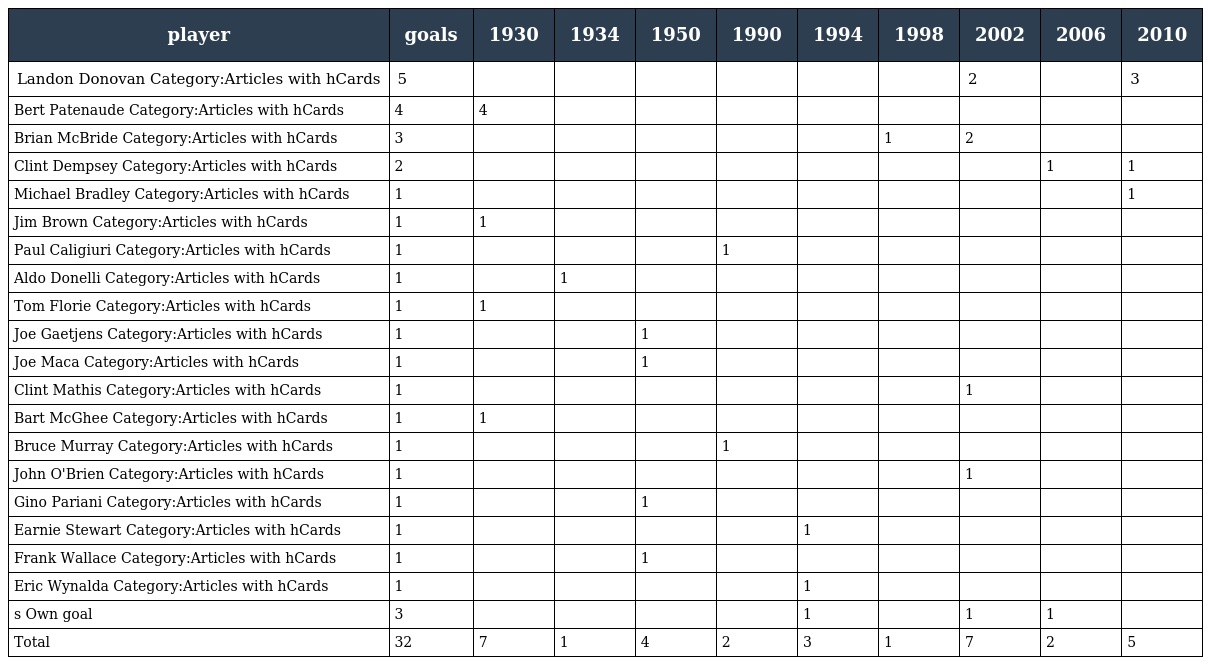
| player | goals | 1930 | 1934 | 1950 | 1990 | 1994 | 1998 | 2002 | 2006 | 2010 |
 | --- | --- | --- | --- | --- | --- | --- | --- | --- | --- | --- |
 | Landon Donovan Category:Articles with hCards | 5 |  |  |  |  |  |  | 2 |  | 3 |
 | Bert Patenaude Category:Articles with hCards | 4 | 4 |  |  |  |  |  |  |  |  |
 | Brian McBride Category:Articles with hCards | 3 |  |  |  |  |  | 1 | 2 |  |  |
 | Clint Dempsey Category:Articles with hCards | 2 |  |  |  |  |  |  |  | 1 | 1 |
 | Michael Bradley Category:Articles with hCards | 1 |  |  |  |  |  |  |  |  | 1 |
 | Jim Brown Category:Articles with hCards | 1 | 1 |  |  |  |  |  |  |  |  |
 | Paul Caligiuri Category:Articles with hCards | 1 |  |  |  | 1 |  |  |  |  |  |
 | Aldo Donelli Category:Articles with hCards | 1 |  | 1 |  |  |  |  |  |  |  |
 | Tom Florie Category:Articles with hCards | 1 | 1 |  |  |  |  |  |  |  |  |
 | Joe Gaetjens Category:Articles with hCards | 1 |  |  | 1 |  |  |  |  |  |  |
 | Joe Maca Category:Articles with hCards | 1 |  |  | 1 |  |  |  |  |  |  |
 | Clint Mathis Category:Articles with hCards | 1 |  |  |  |  |  |  | 1 |  |  |
 | Bart McGhee Category:Articles with hCards | 1 | 1 |  |  |  |  |  |  |  |  |
 | Bruce Murray Category:Articles with hCards | 1 |  |  |  | 1 |  |  |  |  |  |
 | John O'Brien Category:Articles with hCards | 1 |  |  |  |  |  |  | 1 |  |  |
 | Gino Pariani Category:Articles with hCards | 1 |  |  | 1 |  |  |  |  |  |  |
 | Earnie Stewart Category:Articles with hCards | 1 |  |  |  |  | 1 |  |  |  |  |
 | Frank Wallace Category:Articles with hCards | 1 |  |  | 1 |  |  |  |  |  |  |
 | Eric Wynalda Category:Articles with hCards | 1 |  |  |  |  | 1 |  |  |  |  |
 | s Own goal | 3 |  |  |  |  | 1 |  | 1 | 1 |  |
 | Total | 32 | 7 | 1 | 4 | 2 | 3 | 1 | 7 | 2 | 5 |